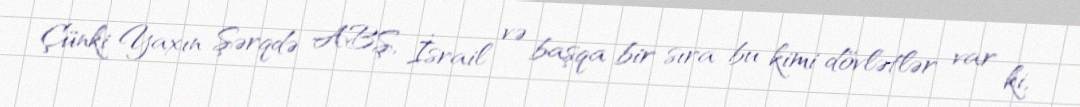
Çünki Yaxın Şərqdə ABŞ, İsrail və başqa bir sıra bu kimi dövlətlər var ki,